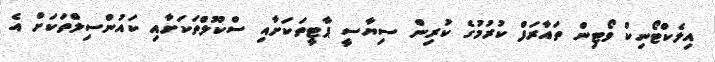
އިލެކްޓޯނިކް ވޯޓިން ތައާރަފް ކުރުމުގެ ކުރިން ސިޔާސީ ޕާޓީތަކަށާއި ސްކޫލްތަކަށާއި ކައުންސިލްތަކަށް އެ